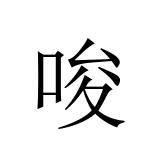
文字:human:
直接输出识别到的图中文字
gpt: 唆